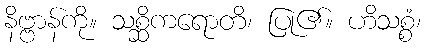
နိဗ္ဗာန်ကို။ သစ္ဆိကရောတိ၊ ပြု၏။ ဟိသစ္စံ၊